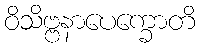
ဝိသိဗ္ဗနာပေက္ခောတိ